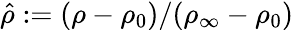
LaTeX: \hat{\rho}:=(\rho-\rho_{0})/(\rho_{\infty}-\rho_{0})